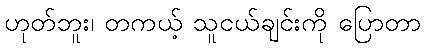
ဟုတ်ဘူး၊ တကယ့် သူငယ်ချင်းကို ပြောတာ